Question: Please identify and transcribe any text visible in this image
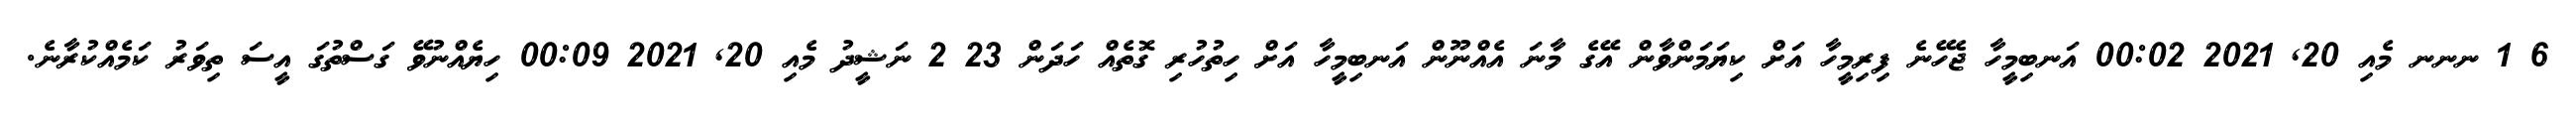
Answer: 6 1 ނނނ މެއި 20, 2021 00:02 އަނބިމީހާ ޖެހޭނެ ފިރިމީހާ އަށް ކިޔަމަންވާން އޭގެ މާނަ އެއްނޫން އަނބިމީހާ އަށް ހިތުހުރި ގޮތެއް ހަދަން 23 2 ނަޝީދު މެއި 20, 2021 00:09 ހިޔެއްނުވޭ ގަސްތުގަ އީސަ ތިވަރު ކަމެއްކުރާނެ.